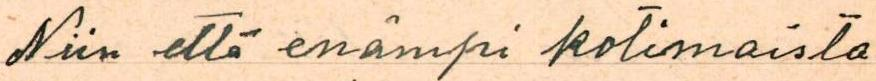
Niin että enämpi kotimaista